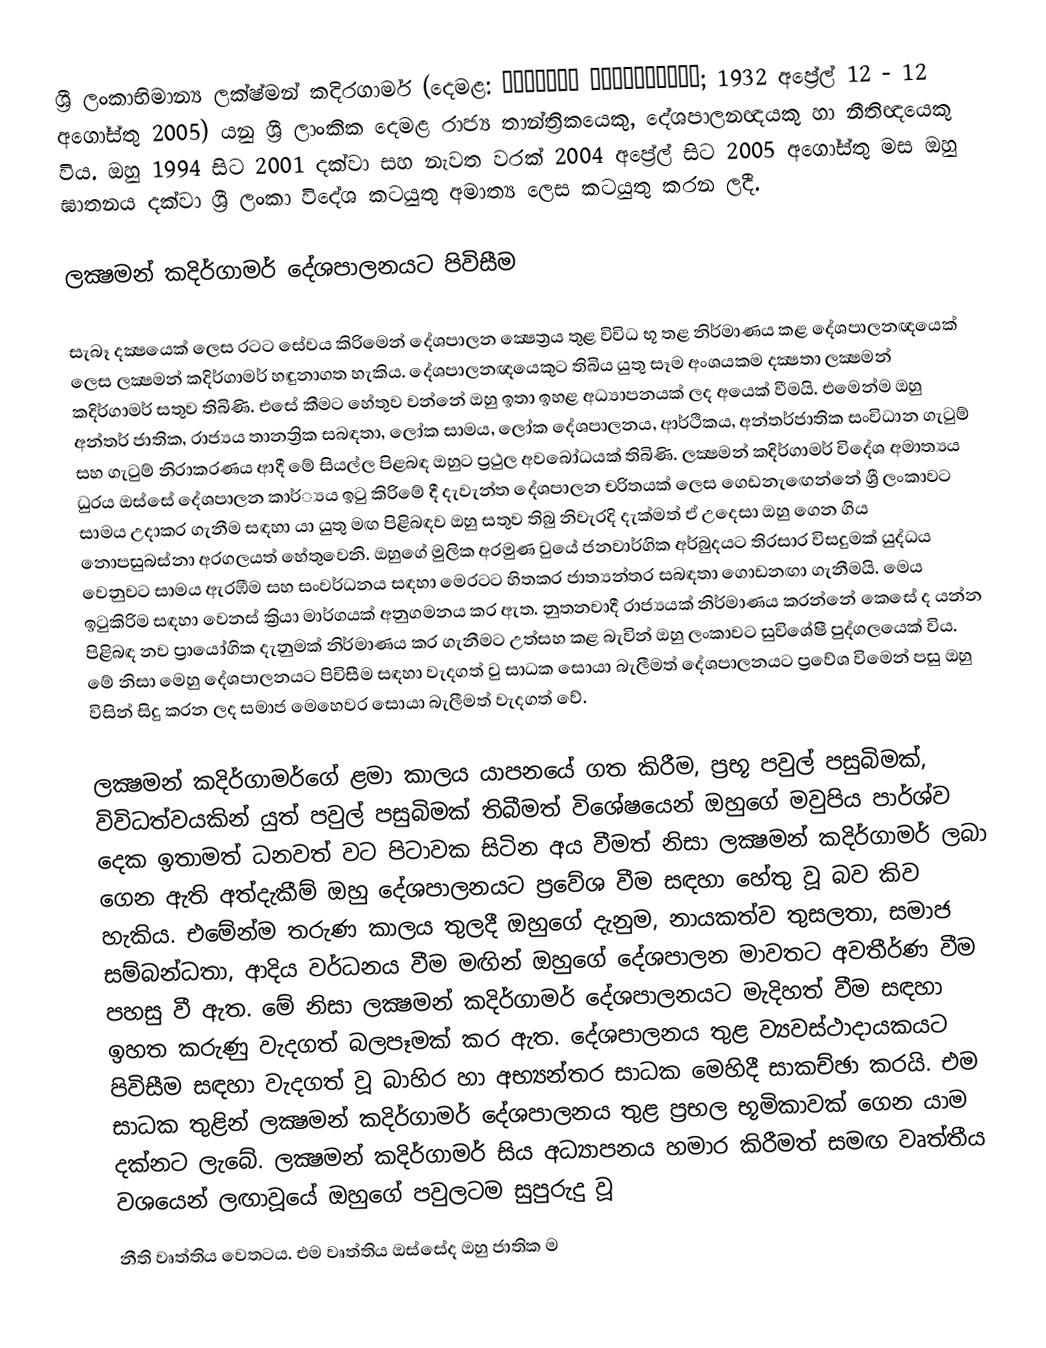
ශ්‍රී ලංකාභිමාන්‍ය ලක්ෂ්මන් කදිරගාමර් (දෙමළ: லக்ஷமன் கதிர்காமர்; 1932 අප්‍රේල් 12 - 12 අගෝස්තු 2005) යනු ශ්‍රී ලාංකික දෙමළ රාජ්‍ය තාන්ත්‍රිකයෙකු, දේශපාලනඥයකු හා නීතිඥයෙකු විය. ඔහු 1994 සිට 2001 දක්වා සහ නැවත වරක් 2004 අප්‍රේල් සිට 2005 අගෝස්තු මස ඔහු ඝාතනය දක්වා ශ්‍රී ලංකා විදේශ කටයුතු අමාත්‍ය ලෙස කටයුතු කරන ලදී.

ලක්‍ෂමන් කදිර්ගාමර් දේශපාලනයට පිවිසීම

සැබෑ දක්‍ෂයෙක් ලෙස රටට සේවය කිරිමෙන් දේශපාලන ක්‍ෂෙත්‍රය තුළ විවිධ භූ තළ නිර්මාණය කළ දේශපාලනඥයෙක් ලෙස ලක්‍ෂමන් කදිර්ගාමර් හඳුනාගත හැකිය. දේශපාලනඥයෙකුට තිබිය යුතු සෑම අංශයකම දක්‍ෂතා ලක්‍ෂමන් කදිර්ගාමර් සතුව තිබිණි. එසේ කීමට හේතුව වන්නේ ඔහු ඉතා ඉහළ අධ්‍යාපනයක් ලද අයෙක් වීමයි. එමෙන්ම ඔහු අන්තර් ජාතික, රාජ්‍යය තානත්‍රික සබඳතා, ලෝක සාමය, ලෝක දේශපාලනය, ආර්ථිකය, අන්තර්ජාතික සංවිධාන ගැටුම් සහ ගැටුම් නිරාකරණය ආදී මේ සියල්ල පිළබඳ ඔහුට ප්‍රථුල අවබෝධයක් තිබිණි. ලක්‍ෂමන් කදිර්ගාමර් විදේශ අමාත්‍යය ධුරය ඔස්සේ දේශපාලන කාර්්‍යය ඉටු කිරිමේ දී දැවැන්ත දේශපාලන චරිතයක් ලෙස ගෙඩනැඟෙන්නේ ශ්‍රී ලංකාවට සාමය උදාකර ගැනීම සඳහා යා යුතු මඟ පිළිබඳව ඔහු සතුව තිබු නිවැරදි දැක්මත් ඒ උදෙසා ඔහු ගෙන ගිය නොපසුබස්නා අරගලයත් හේතුවෙනි. ඔහුගේ මුලික අරමුණ වුයේ ජනවාර්ගික අර්බුදයට තිරසාර විසදුමක් යුද්ධය වෙනුවට සාමය ඇරඹීම සහ සංවර්ධනය සඳහා මෙරටට හිතකර ජාත්‍යන්තර සබඳතා ගොඩනඟා ගැනීමයි. මෙය ඉටුකිරිම සඳහා වෙනස් ක්‍රියා මාර්ගයක් අනුගමනය කර ඇත. නුතනවාදී රාජ්‍යයක් නිර්මාණය කරන්නේ කෙසේ ද යන්න පිළිබඳ නව ප්‍රායෝගික දැනුමක් නිර්මාණය කර ගැනීමට උත්සහ කළ බැවින් ඔහු ලංකාවට සුවිශේෂී පුද්ගලයෙක් විය. මේ නිසා මෙහු දේශපාලනයට පිවිසීම සඳහා වැදගත් වු සාධක සොයා බැලීමත් දේශපාලනයට ප්‍රවේශ විමෙන් පසු ඔහු විසින් සිදු කරන ලද සමාජ මෙහෙවර සොයා බැලීමත් වැදගත් වේ.

ලක්‍ෂමන් කදිර්ගාමර්ගේ ළමා කාලය යාපනයේ ගත කිරීම, ප්‍රභූ පවුල් පසුබිමක්, විවිධත්වයකින් යුත් පවුල් පසුබිමක් තිබීමත් විශේෂයෙන් ඔහුගේ මවුපිය පාර්ශ්ව දෙක ඉතාමත් ධනවත් වට පිටාවක සිටින අය වීමත් නිසා ලක්‍ෂමන් කදිර්ගාමර් ලබා ගෙන ඇති අත්දැකීම් ඔහු දේශපාලනයට ප්‍රවේශ වීම සඳහා හේතු වූ බව කිව හැකිය. එමේන්ම තරුණ කාලය තුලදී ඔහුගේ දැනුම, නායකත්ව තුසලතා, සමාජ සම්බන්ධතා, ආදිය වර්ධනය වීම මඟින් ඔහුගේ දේශපාලන මාවතට අවතීර්ණ වීම පහසු වී ඇත. මේ නිසා ලක්‍ෂමන් කදිර්ගාමර් දේශපාලනයට මැදිහත් වීම සඳහා ඉහත කරුණු වැදගත් බලපෑමක් කර ඇත. දේශපාලනය තුළ ව්‍යවස්ථාදායක‍යට පිවිසීම සඳහා වැදගත් වූ බාහිර හා අභ්‍යන්තර සාධක මෙහිදී සාකච්ඡා කරයි. එම සාධක තුළින් ලක්‍ෂමන් කදිර්ගාමර් දේශපාලනය තුළ ප්‍රභල භූමිකාවක් ගෙන යාම දක්නට ලැබේ. ලක්‍ෂමන් කදිර්ගාමර් සිය අධ්‍යාපනය හමාර කිරීමත් සමඟ වෘත්තීය වශයෙන් ලඟාවූයේ ඔහුගේ පවුලටම සුපුරුදු වූ
නීති වෘත්තිය වෙතටය. එම වෘත්තිය ඔස්සේද ඔහු ජාතික ම